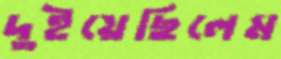
দুইয়েছিলেম